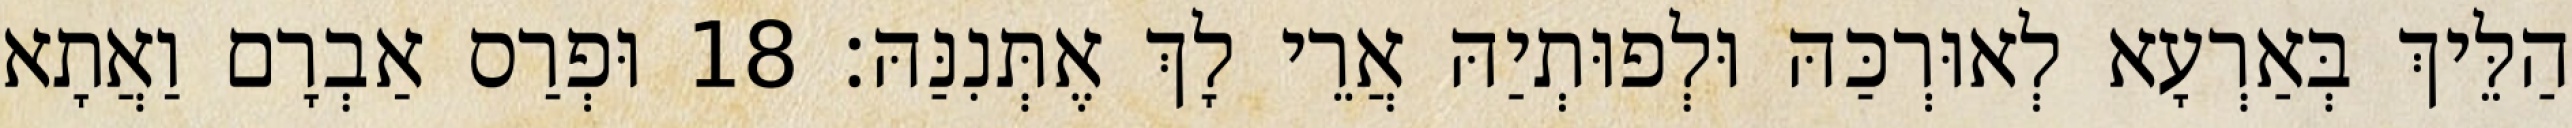
הַלֵּיךְ בְּאַרְעָא לְאוּרְכַּהּ וּלְפוּתְיַהּ אֲרֵי לָךְ אֶתְּנִנַּהּ׃ 18 וּפְרַס אַבְרָם וַאֲתָא